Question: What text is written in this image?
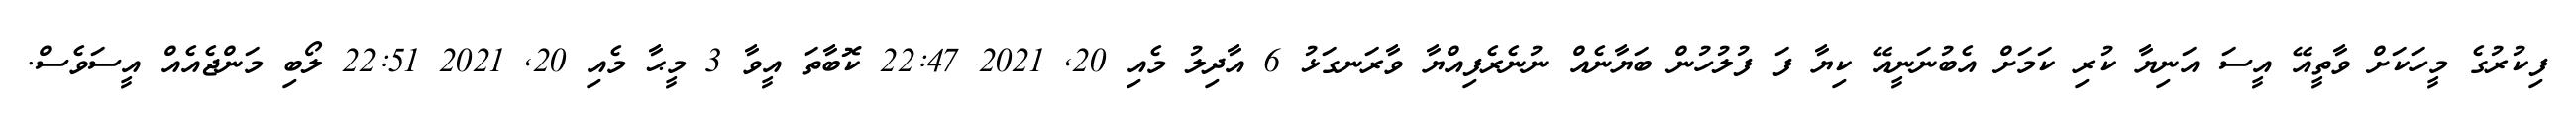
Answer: ފިކުރުގެ މީހަކަށް ވާތީއޭ އީސަ އަނިޔާ ކުރި ކަމަށް އެބުނަނީއޭ ކިޔާ ފަ ފުލުހުން ބަޔާނެއް ނުނެރެފިއްޔާ ވާރަނގަޅު 6 އާދިލު މެއި 20, 2021 22:47 ކޮބާތަ އީވާ 3 މީޙާ މެއި 20, 2021 22:51 ލޯބި މަންޖެއެއް އީސަވެސް.